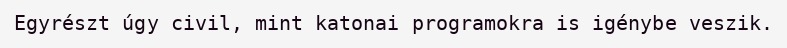
Egyrészt úgy civil, mint katonai programokra is igénybe veszik.